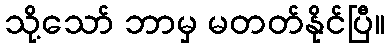
သို့သော် ဘာမှ မတတ်နိုင်ပြီ။